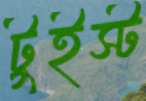
টুইস্ট